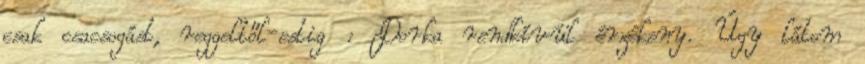
csak csacsogást, reggeltől-estig : Dorka rendkívül érzékeny. Úgy látom